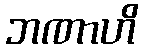
ဘဏာဟိ